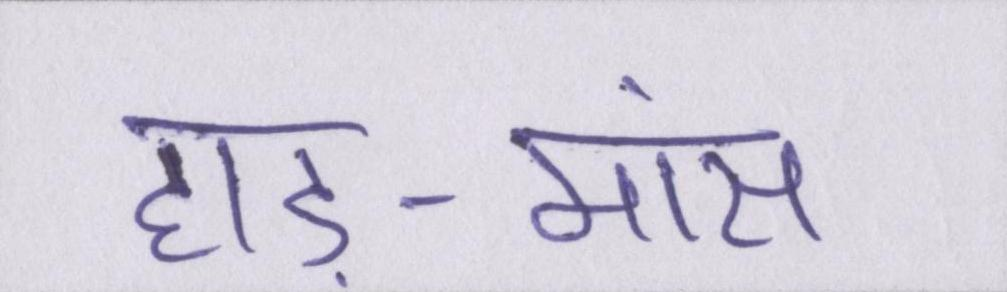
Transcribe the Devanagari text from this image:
हाड़-मांस